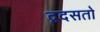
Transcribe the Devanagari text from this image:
द्रदसतो